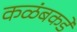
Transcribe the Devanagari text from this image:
कळंबकडे